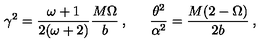
\gamma ^ { 2 } = \frac { \omega + 1 } { 2 ( \omega + 2 ) } \frac { M \Omega } { b } \: , \: \: \: \: \: \: \: \frac { \theta ^ { 2 } } { \alpha ^ { 2 } } = \frac { M ( 2 - \Omega ) } { 2 b } \: ,